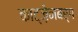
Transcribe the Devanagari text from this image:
काट्ज़ेनबर्ग